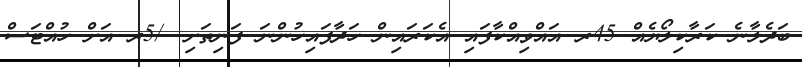
ބަދެލާނެ ކަރާކިލޯޔެއް 45ރ އައްވިއްކާފައި އެކަރައިން ހަދާފައިހުންނަ ފަނިތަށި -/5ރ އަށް ހުއްޓަސް